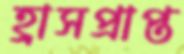
হ্রাসপ্রাপ্ত